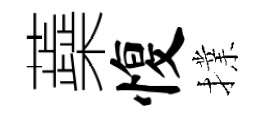
蘃愎擈